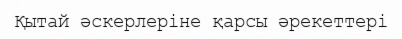
Қытай әскерлеріне қарсы әрекеттері